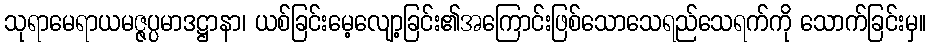
သုရာမေရာယမဇ္ဇပ္ပမာဒဋ္ဌာနာ၊ ယစ်ခြင်းမေ့လျော့ခြင်း၏အကြောင်းဖြစ်သောသေရည်သေရက်ကို သောက်ခြင်းမှ။